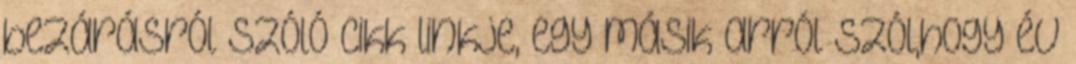
bezárásról szóló cikk linkje, egy másik arról szól,hogy év